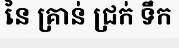
នៃ គ្រាន់ ជ្រក់ ទឹក